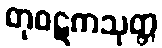
တုဝဋကသုတ္တ